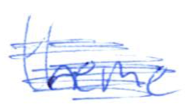
Text: theme
Cross-out: scratch
Writing tool: ballpoint